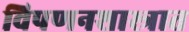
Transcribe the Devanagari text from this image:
विपणनशास्त्रात